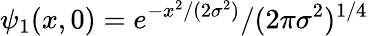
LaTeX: \psi_{1}(x,0)=e^{-x^{2}/(2\sigma^{2})}/(2\pi\sigma^{2})^{1/4}